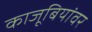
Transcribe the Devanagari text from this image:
काजूबियांवर